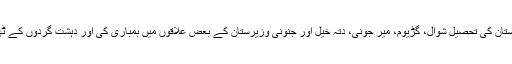
منگل کے روز بھی پاکستانی افواج نے جیٹ طیاروں کی مدد سے شمالی وزیرستان کی تحصیل شوال، گڑیوم، میر جونی، دتہ خیل اور جنونی وزیرستان کے بعض علاقوں میں بمباری کی اور دہشت گردوں کے ٹھکانوں کو نشانہ بنایا جس کے نتیجے میں 25سے زائد دہشت گرد ہلاک ہوئے۔